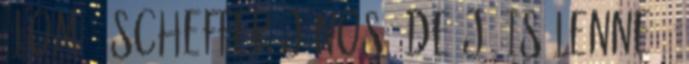
Álom 1 Scheffer János: De jó is lenne 1